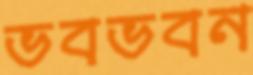
ভবভবন